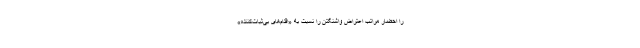
را احضار مراتب اعتراض واشنگتن را نسبت به «اقدام‌های بی‌ثبات‌کننده»